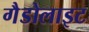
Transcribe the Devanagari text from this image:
गैडोलाइट